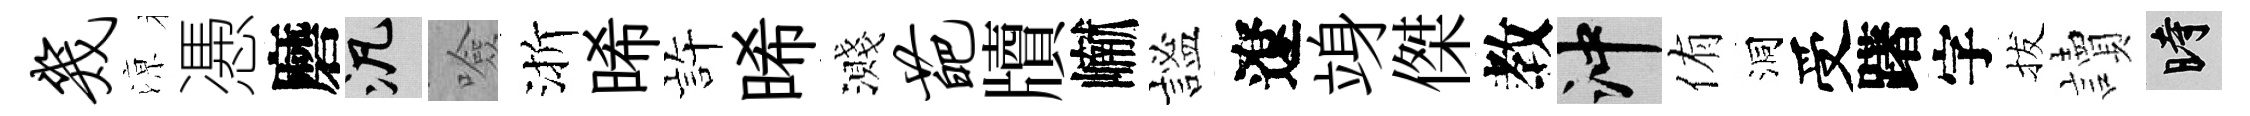
几鿌慿磨泛噞渐晞静晞濺葩牘𪩘謐遼竧傑教冲侑洞受躇字拔讀时